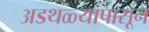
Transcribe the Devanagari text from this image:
अडथळ्यापासून